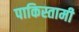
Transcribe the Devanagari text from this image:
पाकिस्तामी